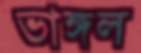
ভাঙ্গল